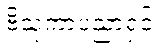
ဗိသုကာပညာရှင်